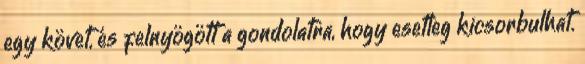
egy követ, és felnyögött a gondolatra, hogy esetleg kicsorbulhat.